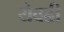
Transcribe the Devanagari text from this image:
येवढी